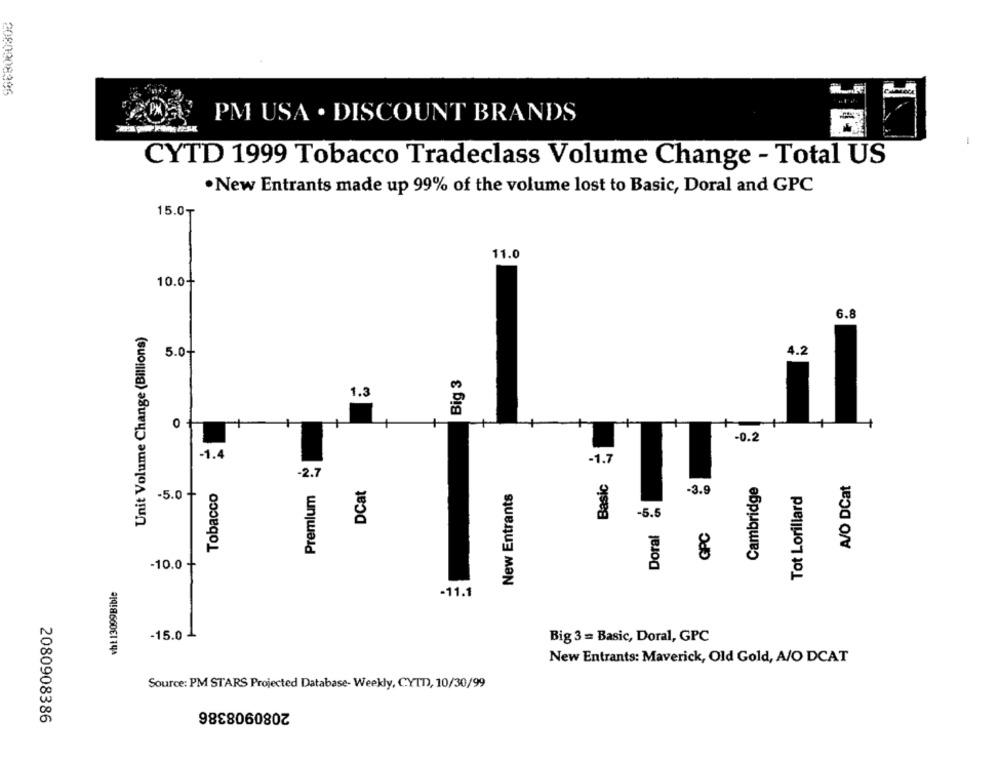
PM USA . DISCOUNT BRANDS
CYTD 1999 Tobacco Tradeclass Volume Change - Total US
. New Entrants made up 99% of the volume lost to Basic, Doral and GPC
15.0₸
11.0
10.0+
6.8
Unit Volume Change (Billions)
4.2
5.0+
Big 3
1.3
0 -
+
-0.2
-1.4
-1.7
-2.7
Basic
Cambridge
A/O DCat
Tobacco
Premium
DCat
New Entrants
Tot Lorillard
-5.0 +
-3.9
Doral
-5.5
GPC
-10.0 +
wht 13099Bible
-11.1
-15.0 -
Big 3 = Basic, Doral, GPC
New Entrants: Maverick, Old Gold, A/O DCAT
Source: PM STARS Projected Database- Weekly, CYTT, 10/30/99
2080908386
2080908386